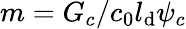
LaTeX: m=G_{c}/c_{0}l_{\mathrm{d}}\psi_{c}